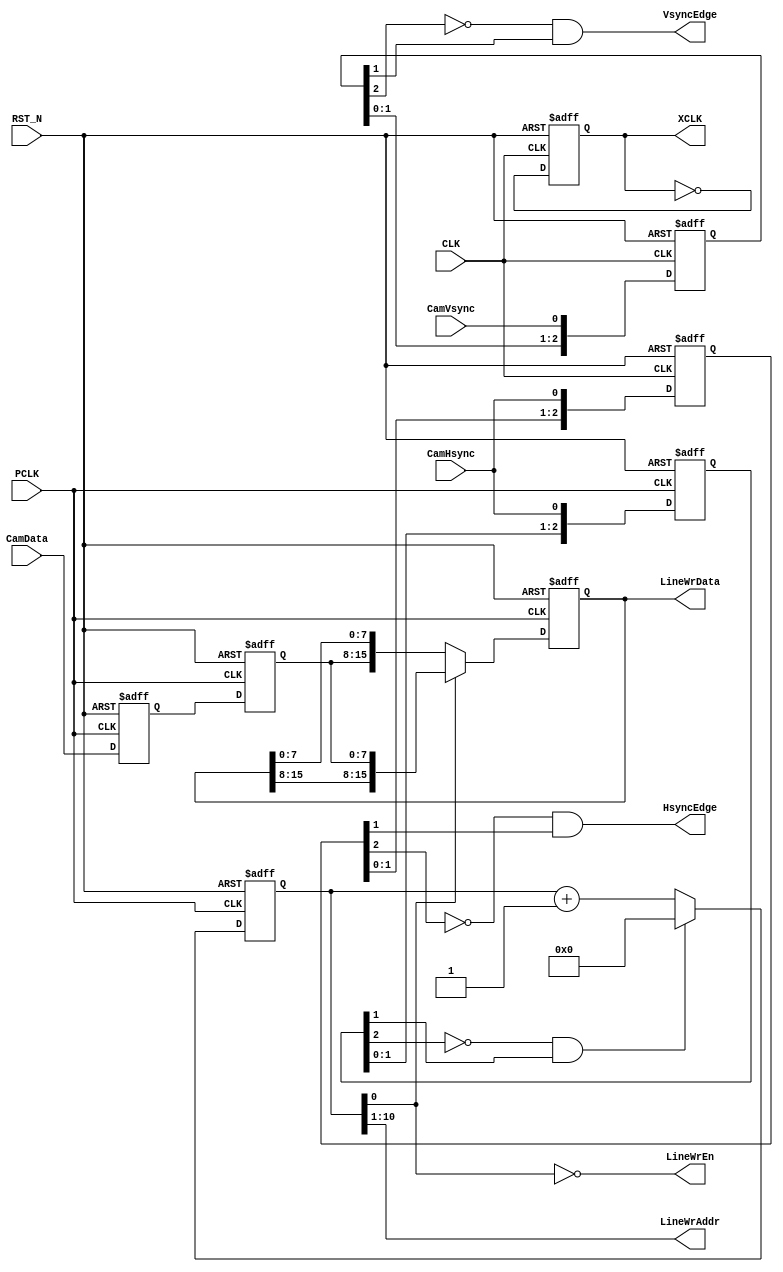
`timescale 1ns/1ps

module PIX_CAP(
  input wire CLK,
  input wire RST_N,

  input wire PCLK,
  input wire CamHsync,
  input wire CamVsync,
  input wire [7:0] CamData,
  output reg XCLK,

  output wire [9:0] LineWrAddr,
  output wire [15:0] LineWrData,
  output wire LineWrEn,

  output wire VsyncEdge,
  output wire HsyncEdge
);

  parameter P_DELAY = 1;

  reg [2:0] CamHsyncLatch;
  wire CamHsyncRise;
  reg [10:0] PixCnt;
  reg [2:0] CamVsyncLatch;
  reg [7:0] CamDataLatch_0;
  reg [7:0] CamDataLatch_1;
  reg [15:0] CamDataRGB;

  reg [2:0] HsyncLatch;
  reg [2:0] VsyncLatch;

  always @(posedge PCLK or negedge RST_N)begin
    if(~RST_N)
      CamHsyncLatch <= #P_DELAY 3'd0;
    else
      CamHsyncLatch <= #P_DELAY {CamHsyncLatch[1:0], CamHsync};
  end

  assign CamHsyncRise = ~CamHsyncLatch[2] && CamHsyncLatch[1];

  always @(posedge PCLK or negedge RST_N)begin
    if(~RST_N)
      PixCnt <= #P_DELAY 11'd0;
    else if(CamHsyncRise)
      PixCnt <= #P_DELAY 11'd0;
    else
      PixCnt <= #P_DELAY PixCnt + 11'd1;
  end

  always @(posedge PCLK or negedge RST_N)begin
    if(~RST_N) begin
      CamDataLatch_0 <= #P_DELAY 8'd0;
      CamDataLatch_1 <= #P_DELAY 8'd0;
    end
    else begin
      CamDataLatch_0 <= #P_DELAY CamData;
      CamDataLatch_1 <= #P_DELAY CamDataLatch_0;
    end
  end

  always @(posedge PCLK or negedge RST_N)begin
    if(~RST_N)
      CamDataRGB <= #P_DELAY 16'd0;
    else
      CamDataRGB <= #P_DELAY (~PixCnt[0]) ? {CamDataLatch_1, CamDataRGB[7:0]}:
                                            {CamDataRGB[15:8], CamDataLatch_1};
  end

  assign LineWrEn = ~PixCnt[0];
  assign LineWrAddr = PixCnt[10:1];
  assign LineWrData = CamDataRGB;

  always @(posedge PCLK or negedge RST_N)begin
    if(~RST_N)
      CamVsyncLatch <= #P_DELAY 3'd0;
    else
      CamVsyncLatch <= #P_DELAY {CamVsyncLatch[1:0], CamVsync};
  end

  always @(posedge CLK or negedge RST_N)begin
    if(~RST_N)
      XCLK <= #P_DELAY 1'd0;
    else
      XCLK <= #P_DELAY ~XCLK;
  end

  always @(posedge CLK or negedge RST_N)begin
    if(~RST_N)
      VsyncLatch <= #P_DELAY 3'd0;
    else
      VsyncLatch <= #P_DELAY {VsyncLatch[1:0], CamVsync};
  end

  always @(posedge CLK or negedge RST_N)begin
    if(~RST_N)
      HsyncLatch <= #P_DELAY 3'd0;
    else
      HsyncLatch <= #P_DELAY {HsyncLatch[1:0], CamHsync};
  end

  assign VsyncEdge = ~VsyncLatch[2] && VsyncLatch[1];
  assign HsyncEdge = ~HsyncLatch[2] && HsyncLatch[1];

endmodule